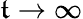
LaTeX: \mathfrak{t}\rightarrow\infty